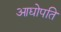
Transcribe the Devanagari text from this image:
आद्योपति